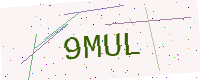
Text: 9MUL